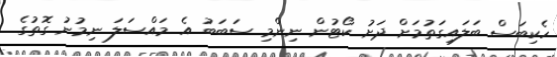
ހެކިބަސް ބަލައިގަތުމަށް ދަށު ކޯޓުން ނިންމި ސަބަބު އެ މައްސަލަ ނިމުނު ގޮތުގެ